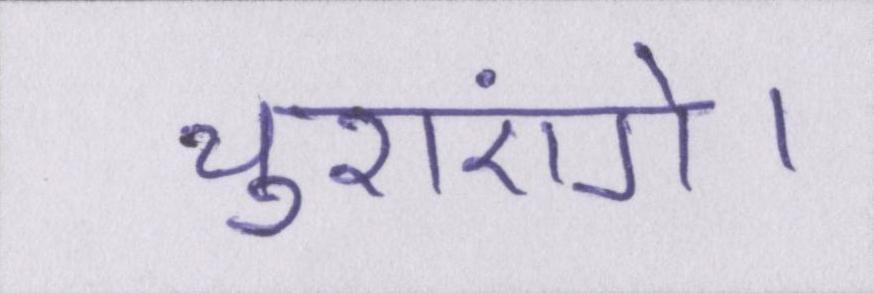
चुराएंगे।